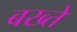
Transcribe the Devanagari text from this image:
बख्ते